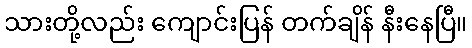
သားတို့လည်း ကျောင်းပြန် တက်ချိန် နီးနေပြီ။